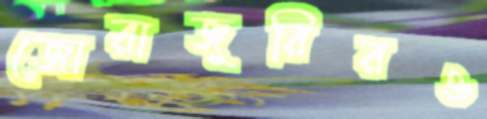
জোরাজুরিরও